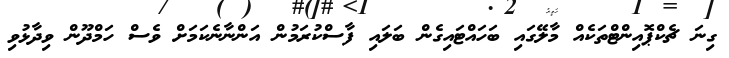
ގިނަ ޗެކްޕޮއިންޓްތަކެއް މާލޭގައި ބަހައްޓައިގެން ބަލައި ފާސްކުރަމުން އަންނާނެކަމަށް ވެސް ހަމްދޫން ވިދާޅުވި